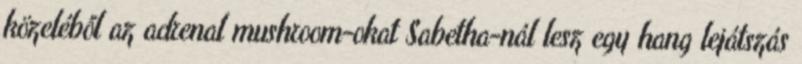
közeléből az adrenal mushroom-okat Sabetha-nál lesz egy hang lejátszás